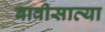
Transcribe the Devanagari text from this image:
बावीसाव्या